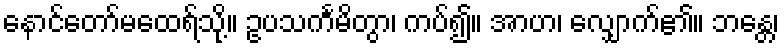
နောင်တော်မထေရ်သို့။ ဥပသင်္ကမိတွာ၊ ကပ်၍။ အာဟ၊ လျှောက်၏။ ဘန္တေ၊